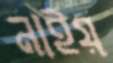
নাইয়